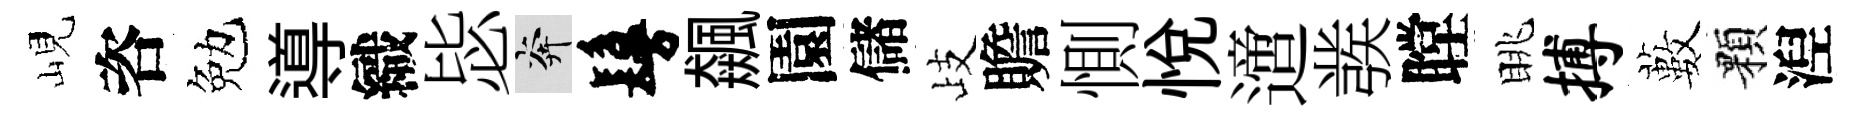
峴咨勉導織毖奔鬘飆園儲歧贍惻悅𨗁彂瞠眺搏藪顆湼